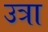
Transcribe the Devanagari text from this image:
उत्रा